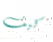
كيف